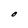
Character: O